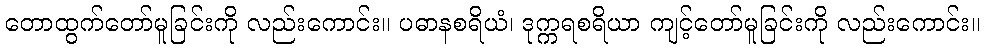
တောထွက်တော်မူခြင်းကို လည်းကောင်း။ ပဓာနစရိယံ၊ ဒုက္ကရစရိယာ ကျင့်တော်မူခြင်းကို လည်းကောင်း။